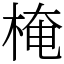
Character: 㭺